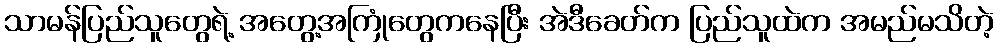
သာမန်ပြည်သူတွေရဲ့ အတွေ့အကြုံတွေကနေပြီး အဲဒီခေတ်က ပြည်သူထဲက အမည်မသိတဲ့